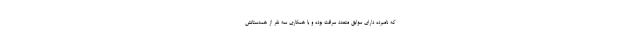
که نامبرده دارای سوابق متعدد سرقت بوده و با همکاری سه نفر از همدستانش